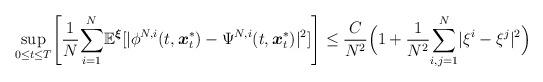
LaTeX: \begin{align*}\underset{0\leq t\leq T}{\sup}\Bigg[\frac{1}{N}\underset{i=1}{\overset{N}{\sum}}\mathbb{E}^{\boldsymbol{\xi}}[|\phi^{N,i}(t,\boldsymbol{x}^*_t) -\Psi^{N,i}(t,\boldsymbol{x}^*_t)|^2] \Bigg]\leq \frac{C}{N^2}\Big(1+\frac{1}{N^2}\underset{i,j=1}{\overset{N}{\sum}}|\xi^{i}-\xi^{j}|^2\Big)\end{align*}